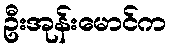
ဦးအုန်းမောင်က